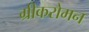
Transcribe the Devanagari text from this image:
ग्रीकरोमन